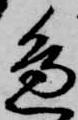
邊